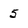
Character: 5